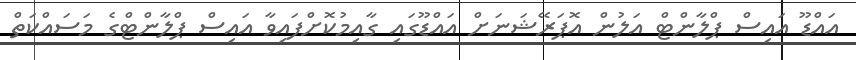
އައްޑޫ އައިސް ޕްލާންޓް އަލުން އޮޕަރޭޝަނަށް އައްޑޫގައި ގާއިމުކޮށްފައިވާ އައިސް ޕްލާންޓްގެ މަސައްކަތް